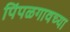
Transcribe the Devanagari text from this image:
पिंपळगावच्या